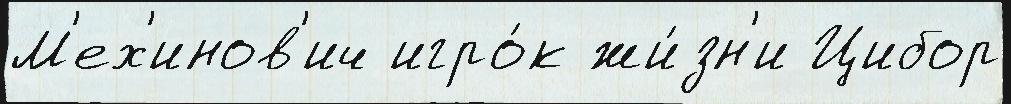
М'ех'инов'ич игро́к жи́зн'и Цибор